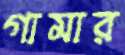
গামার